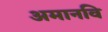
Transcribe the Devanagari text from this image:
अमानवि